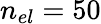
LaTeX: n_{el}=50